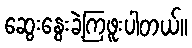
ဆွေးနွေးခဲ့ကြဖူးပါတယ်။